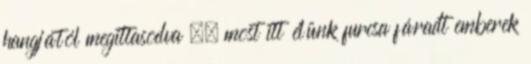
hangjától megittasodva –, most itt élünk furcsa fáradt emberek